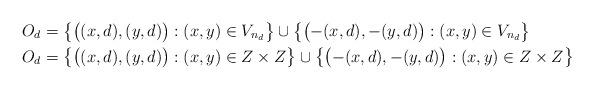
LaTeX: \begin{align*}O_d&=\bigl\{\bigl((x,d),(y,d)\bigr):(x,y)\in V_{n_d}\bigr\}\cup\bigl\{\bigl(-(x,d),-(y,d)\bigr):(x,y)\in V_{n_d}\bigr\} & & \\O_d&=\bigl\{\bigl((x,d),(y,d)\bigr):(x,y)\in Z\times Z\bigr\}\cup\bigl\{\bigl(-(x,d),-(y,d)\bigr):(x,y)\in Z\times Z\bigr\} & &\end{align*}